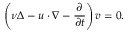
\left( \nu \Delta - u \cdot \nabla - \frac { \partial } { \partial t } \right) v = 0 .